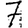
Digit: 7